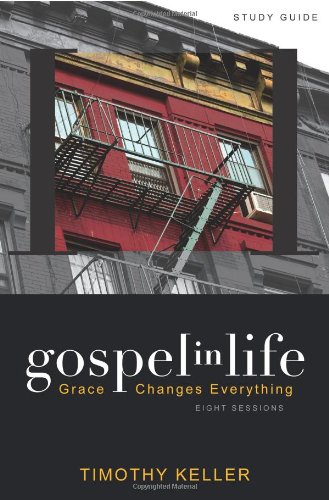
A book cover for Gospel in Life Study Guide: Grace Changes Everything; Timothy Keller; Christian Books & Bibles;